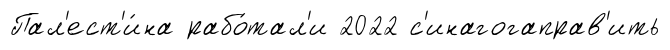
Пал'ест'и́на рабо́тал'и 2022 с'инагогаправ'ить